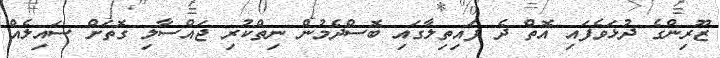
ޒޫރިންގެ ދުޅަވެފައި އޮތް ދެ ފައިތިލާގައި ބޮސްދެމުން ނިތްކުރި ޖައްސާލި ގޮތަށް ސައިލެއް